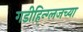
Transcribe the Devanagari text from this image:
गडीहिन्ग्लजच्या